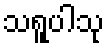
သရူပါသု